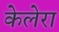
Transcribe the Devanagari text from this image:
केलेरा